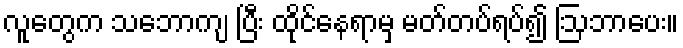
လူတွေက သဘောကျ ပြီး ထိုင်နေရာမှ မတ်တပ်ရပ်၍ ဩဘာပေး။